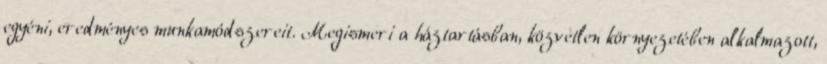
egyéni, eredményes munkamódszereit. Megismeri a háztartásban, közvetlen környezetében alkalmazott,